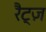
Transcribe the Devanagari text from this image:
रैट्ज़